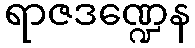
ရာဇဒဏ္ဍေန